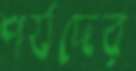
পর্যদের